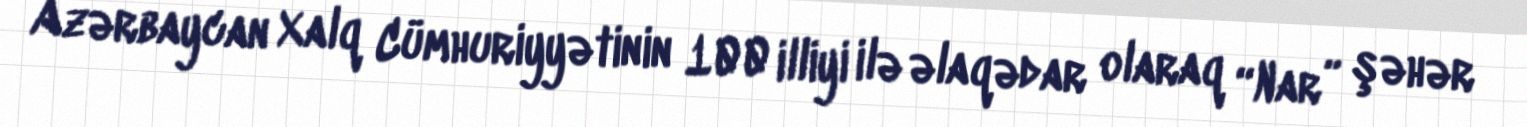
Azərbaycan Xalq Cümhuriyyətinin 100 illiyi ilə əlaqədar olaraq “Nar” şəhər